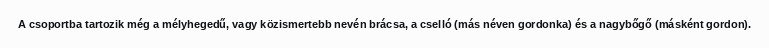
A csoportba tartozik még a mélyhegedű, vagy közismertebb nevén brácsa, a cselló (más néven gordonka) és a nagybőgő (másként gordon).